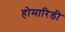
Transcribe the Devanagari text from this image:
होमारिडी